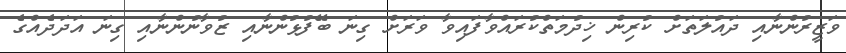
ވަޒީރުންނާއި ދައުލަތަށް ކުރިން ޚިދުމަތްކުރައްވާފައިވާ ވަރަށް ގިނަ ބޭފުޅުންނާއި ޒުވާނުންނާއި ގިނަ އަދަދެއްގެ